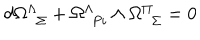
d \Omega _ { \ \ \Sigma } ^ { \Lambda } + \Omega _ { \ \, P i } ^ { \Lambda } \land \Omega _ { \ \ \Sigma } ^ { \Pi } = 0